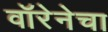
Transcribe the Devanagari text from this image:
वॉरेनेचा